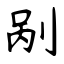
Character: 剐